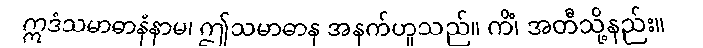
ဣဒံသမာဓာနံနာမ၊ ဤသမာဓာန အနက်ဟူသည်။ ကိံ၊ အတီသို့နည်း။